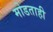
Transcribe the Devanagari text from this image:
मोडताही